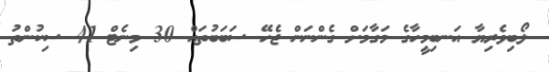
ލޯބިވެރިޔާ އަނބިމީހާގެ މަގާމަށް ގެންނަން ޖެހޭ ސަބަބުތައް 30 މިނެޓް 41 ސިކުންތު